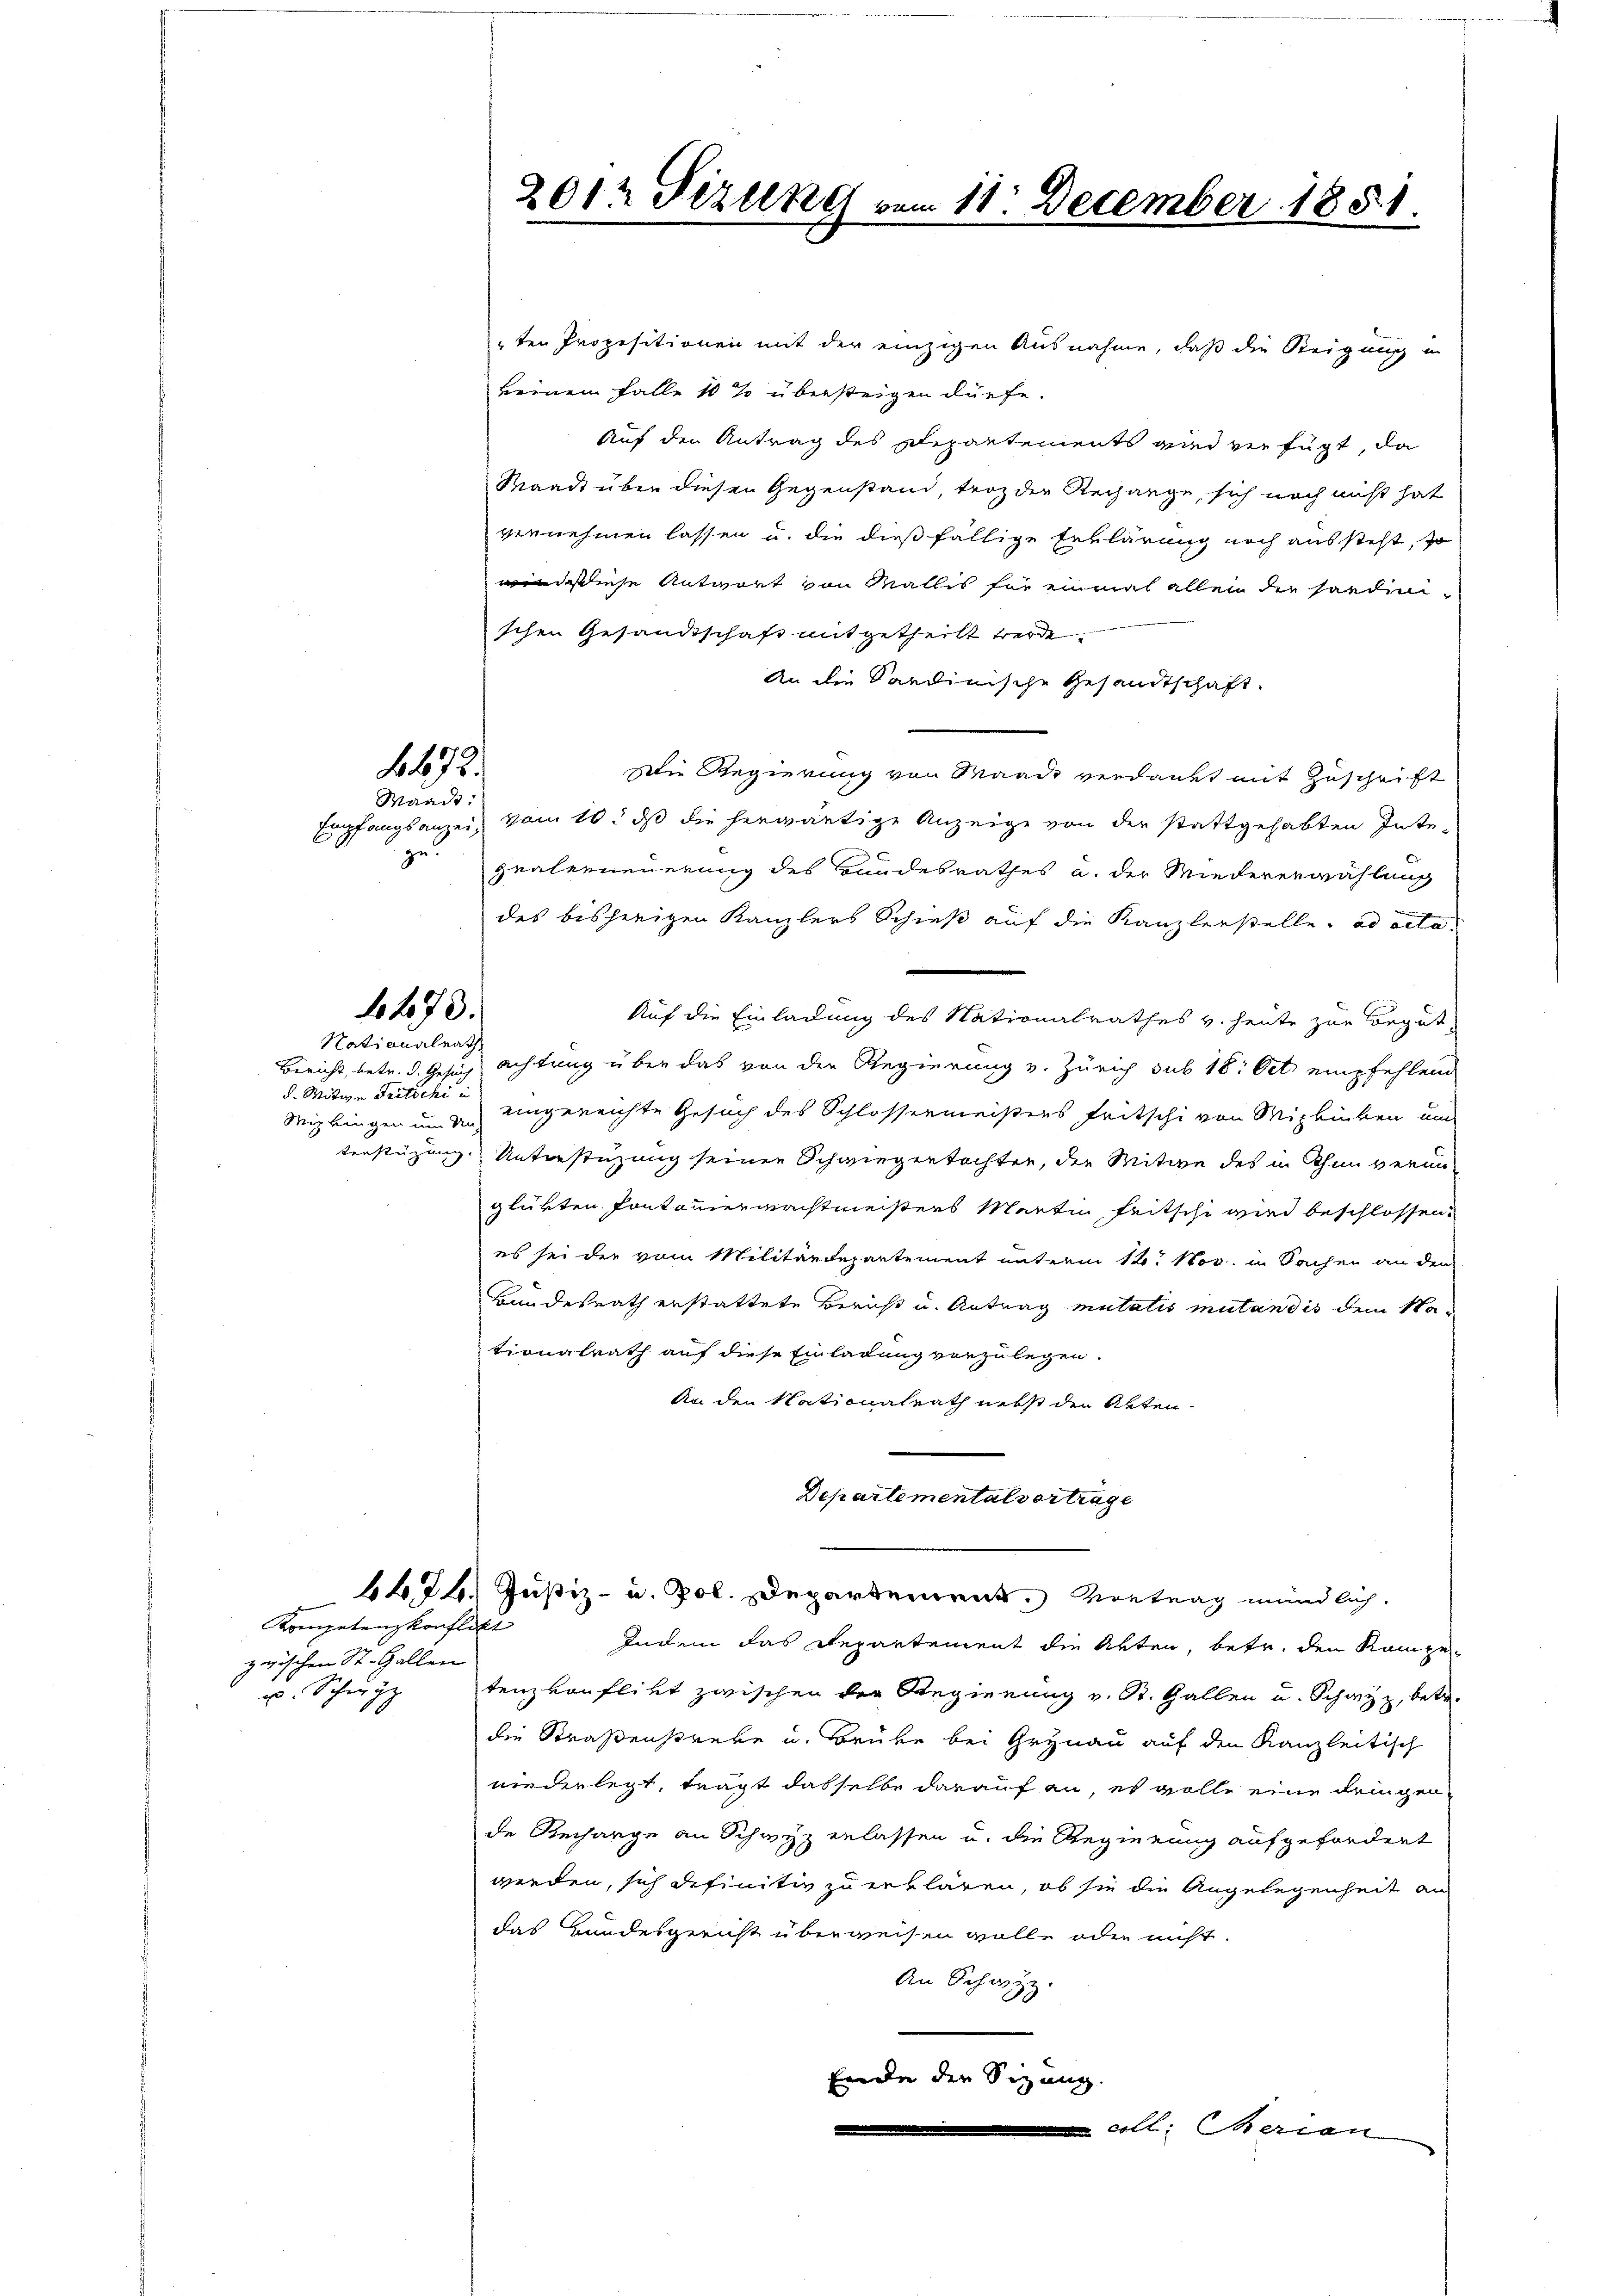
d. Mitiven Seiterer eine
Wipkingen um Un

472.

Waadt:
zu.

1473.

Nationalrath

ten Propositionen mit der einzigen Ausnahme, daß die Steigung in
keinem Falle 10 % übersteigen dürfe.
Auf den Antrag des Departements wird verfügt, da
Waadt über diesen Gegenstand, trotz der Rechange, sich noch nicht hat
vernehmen lassen u. die dießfällige Erklärung noch aussteht, so
diese Antwort von Wallis für einmal allen die handen
schen Gesandtschaft mitgetheilt werde.
An die Sardinische Gesandtschaft.
Die Regierung von Waadt verdankt mit Zuschrift
Empfangsanzei, vom 10t dß die herwärtige Anzeige von der stattgehabten Inte-
qualerneuerung des Bundesrathes u. der Miedererwählung
des bisherigen Kanzlers Schieß auf die Kanzlerstelle ad acta
Auf die Einladung des Nationalrathes v. heute zur Begut
Bericht, betr. dachtung über das von der Regierung v. Zürich sub 18. Oct. empfehlend
eingereichte Gesuch des Schlossermeisters Fritschi von Mizbiben um
terstüzung. Unterstüzung seiner Schwiegertochten, den Mitwe des in Thun veran
glükten Pontourermachtmeisters Martin Fritschi wird beschlossen.
es sei der vom Militärdepartement unterm 12. Nov. in Sachen an den
Bundesrath erstattete Bericht u. Antrag mutatis mutandis dem Sta
tionalrath auf diese Einladung vorzulegen.
An den Nationalrath nebst den Akten
Departemental vortrage
4424. Justiz- u. Pol. Departement. Vortrag mündlich.
Indem das Repartement die Akten, betr. den Kompetenz vonflikt zwischen der Regierung u. St. Gallen u. Schwyz, betr.
die Straßenstrebe u. Brüke bei Grynau auf den Kanzleitisch
niederlegt, trägt dasselbe darauf an, es wolle eine dringen
de Rechange an Schwyz erlassen u. die Regierung aufgefordert
werden, sich definitiv zu erklären, ob sie die Angelegenheit an
das Kundesgericht überweisen wolle oder nicht.
An Schwyz.
Ende der Sizung.

Kompetenzkonflikt
zwischen St. Gallen
u. Schwyz

2012 Tizung vom 11. December 1881.

oll: Serian